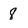
Character: 8